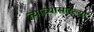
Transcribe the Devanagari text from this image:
त्याच्यासारख्या